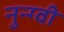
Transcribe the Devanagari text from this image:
नुन्ग्वी